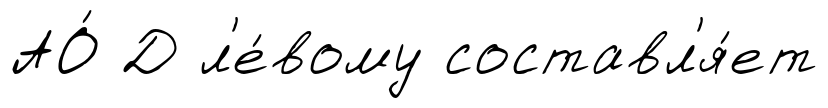
АО́ Д л'е́вому составл'я́ет